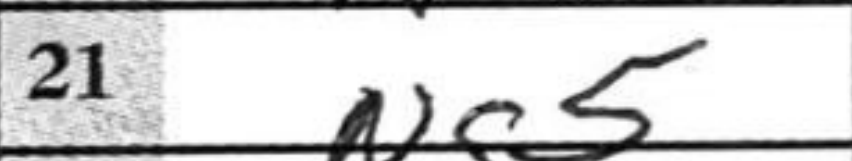
Transcription: Nf5